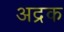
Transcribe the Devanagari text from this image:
अद्रक